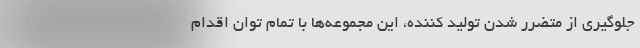
جلوگیری از متضرر شدن تولید کننده، این مجموعه‌ها با تمام توان اقدام